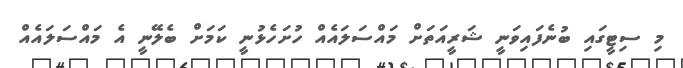
މި ސިޓީގައި ބުނެފައިވަނީ ޝަރީއަތަަށް މައްސަލައެއް ހުށަހެޅުނީ ކަމަށް ބެލޭނީ އެ މައްސަލައެއް